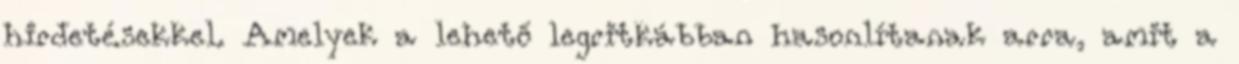
hirdetésekkel. Amelyek a lehető legritkábban hasonlítanak arra, amit a